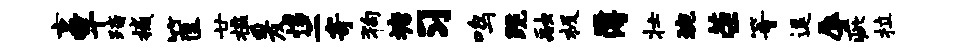
京竿踏撼筐廿槛爰惕二寄狗塘习鸣跪融极簿壮琬荣等逗辱疵拉